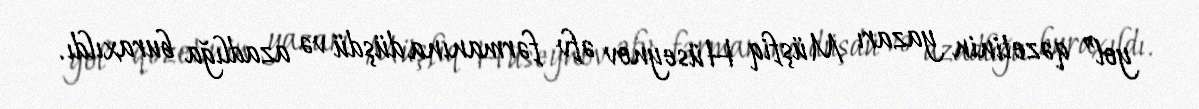
yol” qəzetinin yazarı Müşfiq Hüseynov əfv fərmanına düşdü və azadlığa buraxıldı.